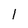
Character: I